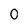
Character: 0